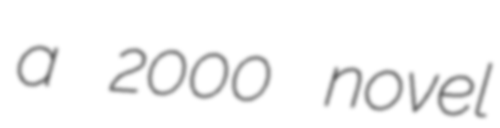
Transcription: a 2000 novel